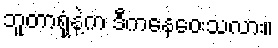
ဘူတာရုံနဲ့က ဒီကနေဝေးသလား။